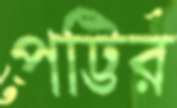
পট্টির